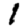
Digit: 1